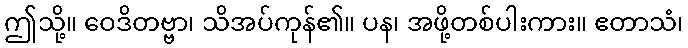
ဤသို့။ ဝေဒိတဗ္ဗာ၊ သိအပ်ကုန်၏။ ပန၊ အဖို့တစ်ပါးကား။ ဧတာသံ၊